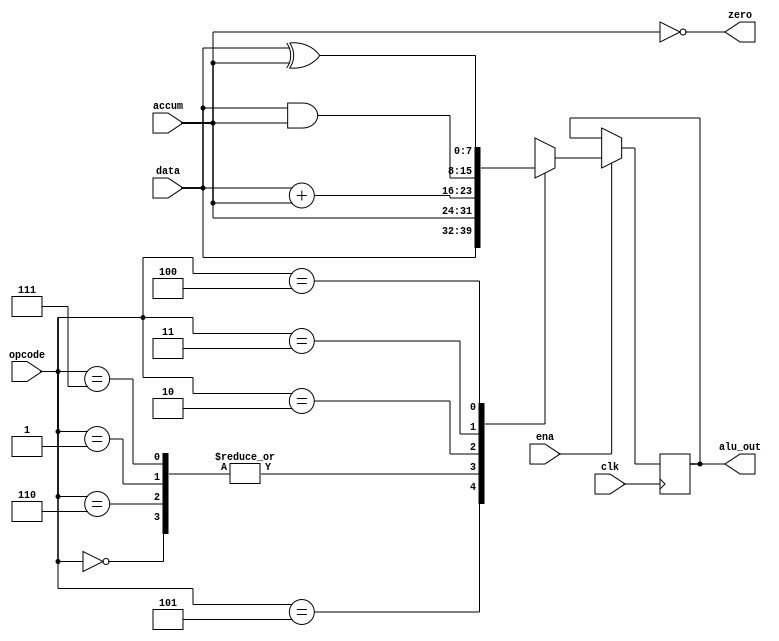
module alu(
    clk,
    ena,
    opcode,
    accum,
    data,
    zero,
    alu_out
);
/*
 * 1. HLT8
 * 2. LDA
 * 3. STO
 * 4. SKZ0ALU00
 * 5. JMP
 * 6. ADD
 * 7. AND
 * 8. XOR
 */

parameter   HLT = 8'b000,
            LDA = 8'b101,
            STO = 8'b110,
            SKZ = 8'b001,
            JMP = 8'b111,
            ADD = 8'b010,
            AND = 8'b011,
            XOR = 8'b100;

input clk;
input ena;
input [2:0]opcode;
input [7:0]accum;
input [7:0]data;
output zero;
output reg [7:0]alu_out;

assign zero = !accum;

always@(posedge clk)
    if(ena)
        begin
            casex(opcode)
                HLT: alu_out <= accum;
                LDA: alu_out <= data;
                STO: alu_out <= accum;
                SKZ: alu_out <= accum;
                JMP: alu_out <= accum;
                ADD: alu_out <= data + accum;
                AND: alu_out <= data & accum;
                XOR: alu_out <= data ^ accum;
            default: alu_out <= 8'bxxxx_xxxx;
            endcase
        end

        

endmodule